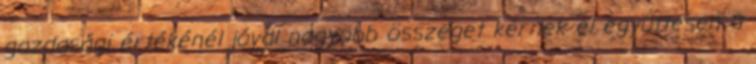
gazdasági értékénél jóval nagyobb összeget kérnek el együttesen a